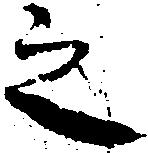
之